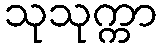
သုသုက္ကာ